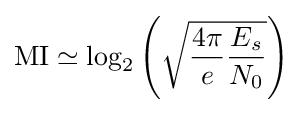
{\textrm {MI}}\simeq \log _{2}\left({\sqrt {{\frac {4\pi }{e}}{\frac {E_{s}}{N_{0}}}}}\right)